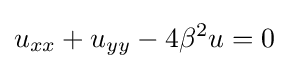
u_{xx}+u_{yy}-4\beta ^{2}u=0